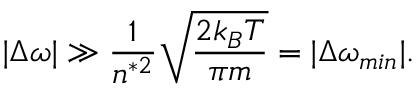
| \Delta \omega | \gg \frac { 1 } { n ^ { * 2 } } \sqrt { \frac { 2 k _ { B } T } { \pi m } } = | \Delta \omega _ { m i n } | .